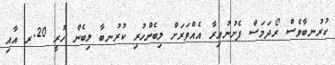
ކުރުނބާވެސް ރޯދަމަސް ފެށުނުއިރާ އެއްވަރަށް ލިބެންހުރި ކުރުނބާ ލިބެން ހުރީ 20.ރ އާއި